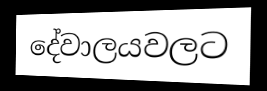
දේවාලයවලට